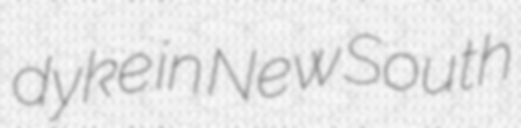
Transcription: dyke in New South